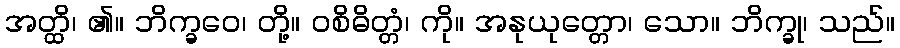
အတ္ထိ၊ ၏။ ဘိက္ခဝေ၊ တို့။ ဝစိဓိတ္တံ၊ ကို။ အနုယုတ္တော၊ သော။ ဘိက္ခု၊ သည်။